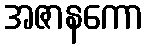
အဇာနကော